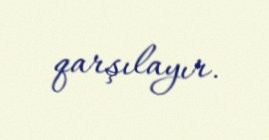
qarşılayır.